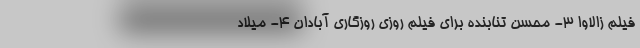
فیلم زالاوا 3- محسن تنابنده برای فیلم روزی روزگاری آبادان 4- میلاد